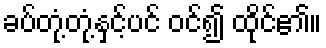
ခပ်တုံ့တုံ့နှင့်ပင် ဝင်၍ ထိုင်၏။